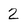
Character: 2